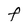
Character: F